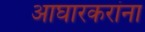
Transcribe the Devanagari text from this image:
आघारकरांना